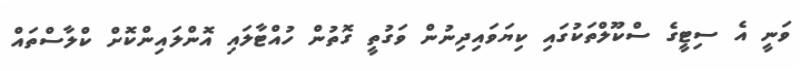
ވަނީ އެ ސިޓީގެ ސްކޫލްތަކުގައި ކިޔަވައިދިނުން ވަގުތީ ގޮތުން ހުއްޓާލައި އޮންލައިންކޮށް ކްލާސްތައް